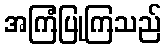
အကြံပြုကြသည်